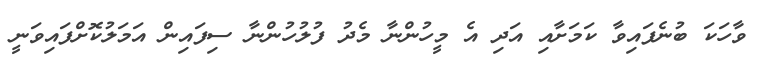
ވާހަކަ ބުނެފައިވާ ކަމަށާއި އަދި އެ މީހުންނާ މެދު ފުލުހުންނާ ސިފައިން އަމަލުކޮށްފައިވަނީ